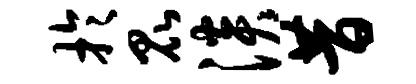
于昆淡昔